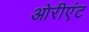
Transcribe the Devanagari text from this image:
ओरीएंट